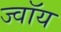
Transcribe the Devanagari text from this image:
ज्वॉय